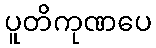
ပူတိကုဏပေ